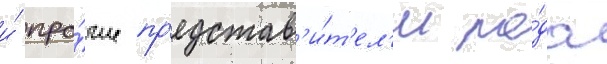
и́ про́чие пр'едстав'и́т'ел'и ро́да